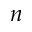
n